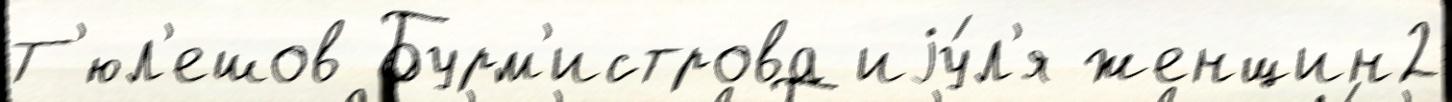
Т'юл'ешов Бурм'истрова иjу́л'я женщин2